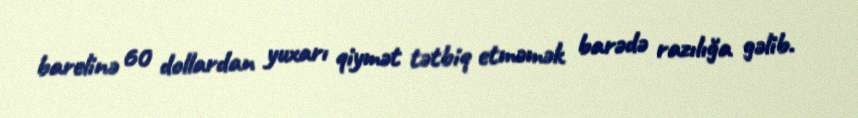
barelinə 60 dollardan yuxarı qiymət tətbiq etməmək barədə razılığa gəlib.